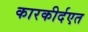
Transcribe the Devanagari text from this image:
कारकीर्दएत